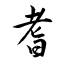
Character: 耆